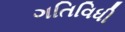
ગતિવિધી